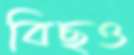
বিছও